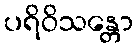
ပရိဝိသန္တော